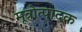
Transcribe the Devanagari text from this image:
मूत्रोत्पादक